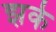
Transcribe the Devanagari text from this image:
झर्क